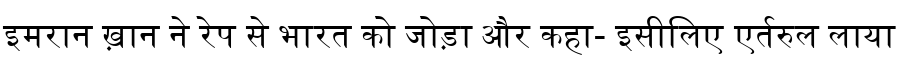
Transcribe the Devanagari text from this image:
इमरान ख़ान ने रेप से भारत को जोड़ा और कहा- इसीलिए एर्तरुल लाया